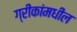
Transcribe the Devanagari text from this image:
ग्रीकांमधील